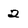
Character: 2